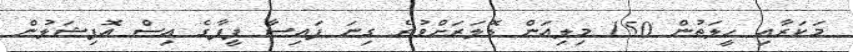
މަކަރާއި ހީލަތުން 150 މިލިއަން ޑޮލަރަށްވުރެ ގިނަ ފައިސާ ފީފާގެ އިސް އޮފިޝަލުން